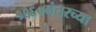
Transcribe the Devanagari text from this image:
१९६०नंतरच्या